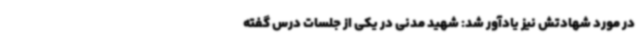
در مورد شهادتش نیز یادآور شد: شهید مدنی در یکی از جلسات درس‌ گفته